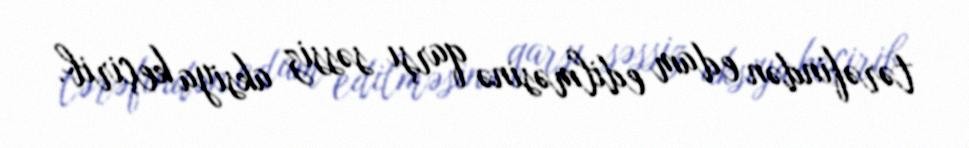
tərəfindən edam edilməsinə qarşı səssiz aksiya keçirib.